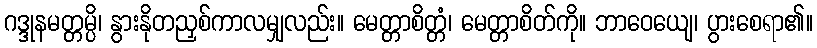
ဂဒ္ဒုနမတ္တမ္ပိ၊ နွားနိုတညှစ်ကာလမျှလည်း။ မေတ္တာစိတ္တံ၊ မေတ္တာစိတ်ကို။ ဘာဝေယျေ၊ ပွားစေရာ၏။